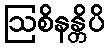
ဩစိနန္တိပိ